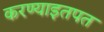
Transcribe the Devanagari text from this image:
करण्याइतपत